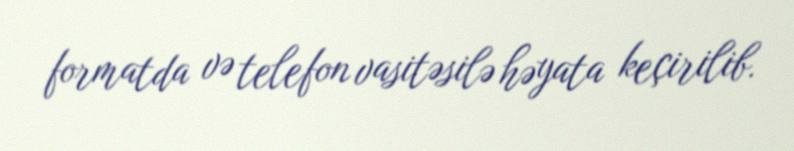
formatda və telefon vasitəsilə həyata keçirilib.